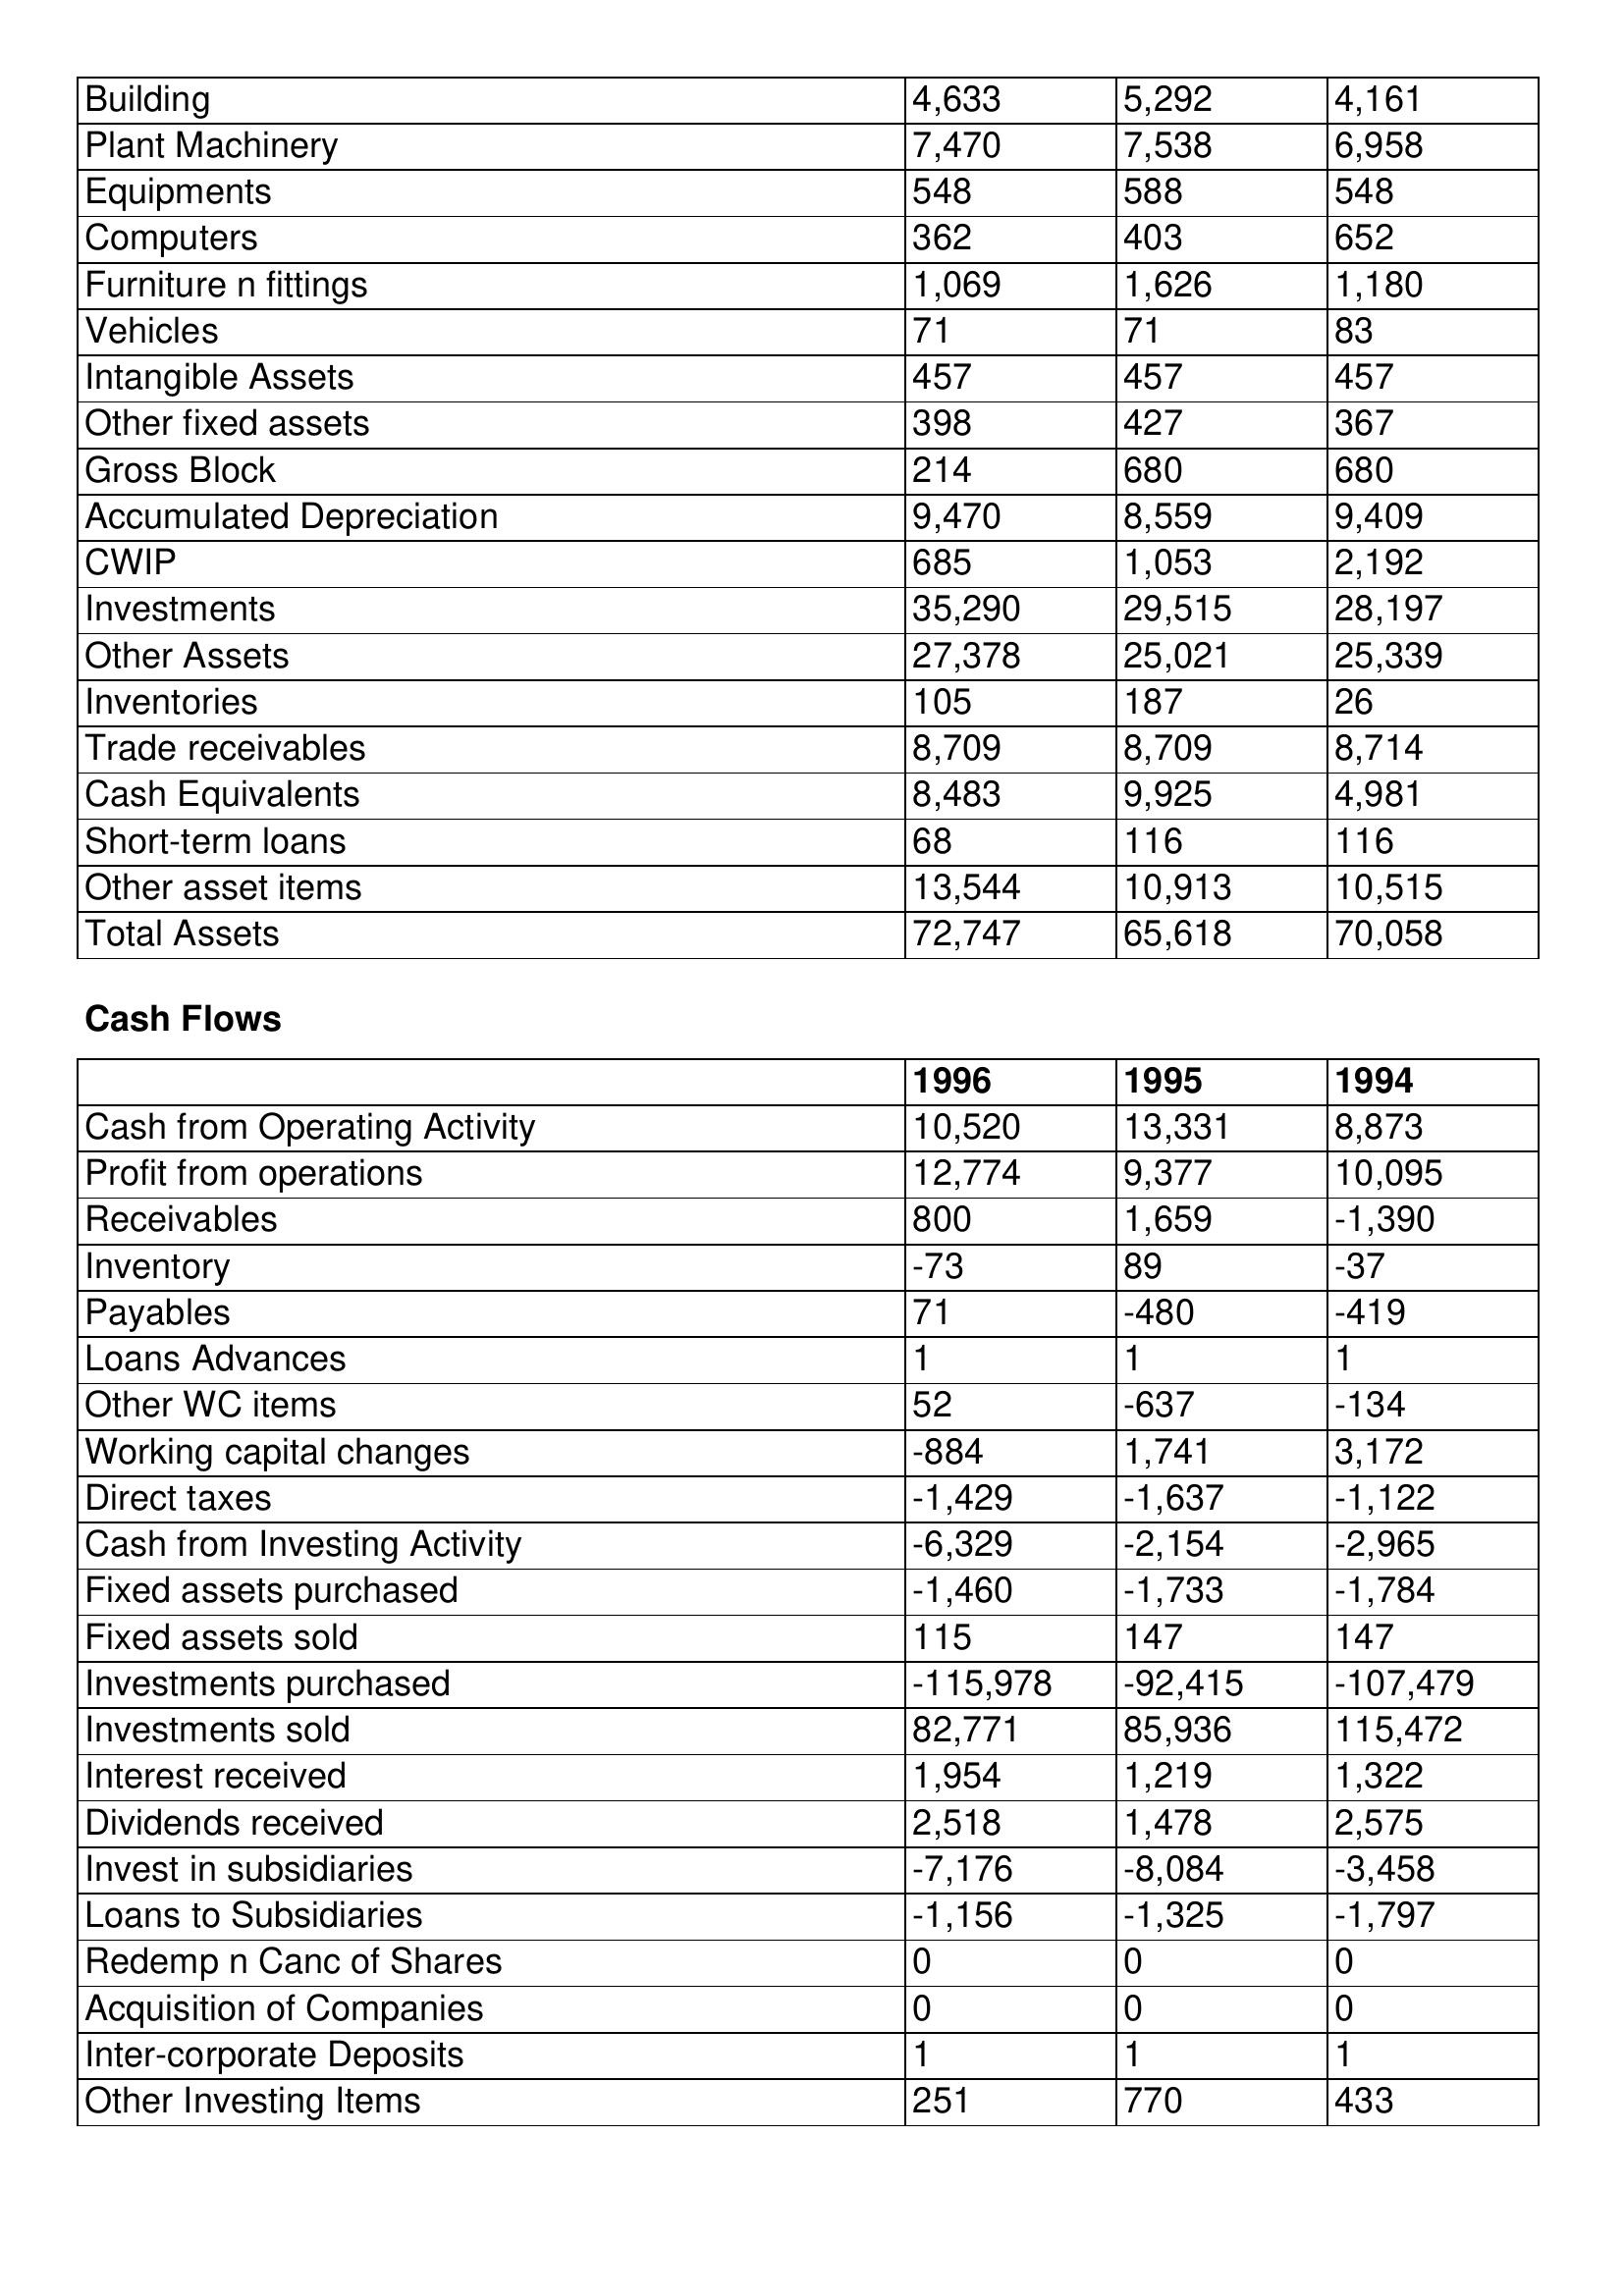
gt_parse: 1996: Balance Sheet: Building: 4,633
Plant Machinery: 7,470
Equipments: 548
Computers: 362
Furniture n fittings: 1,069
Vehicles: 71
Intangible Assets: 457
Other fixed assets: 398
Gross Block: 214
Accumulated Depreciation: 9,470
CWIP: 685
Investments: 35,290
Other Assets: 27,378
Inventories: 105
Trade receivables: 8,709
Cash Equivalents: 8,483
Short-term loans: 68
Other asset items: 13,544
Total Assets: 72,747
Cash Flows: Cash from Operating Activity: 10,520
Profit from operations: 12,774
Receivables: 800
Inventory: -73
Payables: 71
Loans Advances: 1
Other WC items: 52
Working capital changes: -884
Direct taxes: -1,429
Cash from Investing Activity: -6,329
Fixed assets purchased: -1,460
Fixed assets sold: 115
Investments purchased: -115,978
Investments sold: 82,771
Interest received: 1,954
Dividends received: 2,518
Invest in subsidiaries: -7,176
Loans to Subsidiaries: -1,156
Redemp n Canc of Shares: 0
Acquisition of Companies: 0
Inter-corporate Deposits: 1
Other Investing Items: 251
1995: Balance Sheet: Building: 5,292
Plant Machinery: 7,538
Equipments: 588
Computers: 403
Furniture n fittings: 1,626
Vehicles: 71
Intangible Assets: 457
Other fixed assets: 427
Gross Block: 680
Accumulated Depreciation: 8,559
CWIP: 1,053
Investments: 29,515
Other Assets: 25,021
Inventories: 187
Trade receivables: 8,709
Cash Equivalents: 9,925
Short-term loans: 116
Other asset items: 10,913
Total Assets: 65,618
Cash Flows: Cash from Operating Activity: 13,331
Profit from operations: 9,377
Receivables: 1,659
Inventory: 89
Payables: -480
Loans Advances: 1
Other WC items: -637
Working capital changes: 1,741
Direct taxes: -1,637
Cash from Investing Activity: -2,154
Fixed assets purchased: -1,733
Fixed assets sold: 147
Investments purchased: -92,415
Investments sold: 85,936
Interest received: 1,219
Dividends received: 1,478
Invest in subsidiaries: -8,084
Loans to Subsidiaries: -1,325
Redemp n Canc of Shares: 0
Acquisition of Companies: 0
Inter-corporate Deposits: 1
Other Investing Items: 770
1994: Balance Sheet: Building: 4,161
Plant Machinery: 6,958
Equipments: 548
Computers: 652
Furniture n fittings: 1,180
Vehicles: 83
Intangible Assets: 457
Other fixed assets: 367
Gross Block: 680
Accumulated Depreciation: 9,409
CWIP: 2,192
Investments: 28,197
Other Assets: 25,339
Inventories: 26
Trade receivables: 8,714
Cash Equivalents: 4,981
Short-term loans: 116
Other asset items: 10,515
Total Assets: 70,058
Cash Flows: Cash from Operating Activity: 8,873
Profit from operations: 10,095
Receivables: -1,390
Inventory: -37
Payables: -419
Loans Advances: 1
Other WC items: -134
Working capital changes: 3,172
Direct taxes: -1,122
Cash from Investing Activity: -2,965
Fixed assets purchased: -1,784
Fixed assets sold: 147
Investments purchased: -107,479
Investments sold: 115,472
Interest received: 1,322
Dividends received: 2,575
Invest in subsidiaries: -3,458
Loans to Subsidiaries: -1,797
Redemp n Canc of Shares: 0
Acquisition of Companies: 0
Inter-corporate Deposits: 1
Other Investing Items: 433